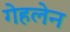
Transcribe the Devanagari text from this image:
गेहलेन